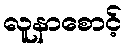
လူနာစောင့်